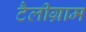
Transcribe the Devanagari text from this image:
टैलीग्राम